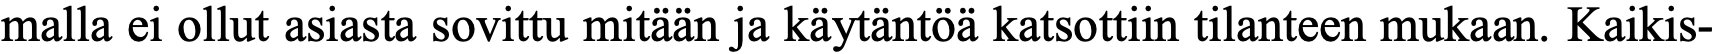
malla ei ollut asiasta sovittu mitään ja käytäntöä katsottiin tilanteen mukaan. Kaikis-